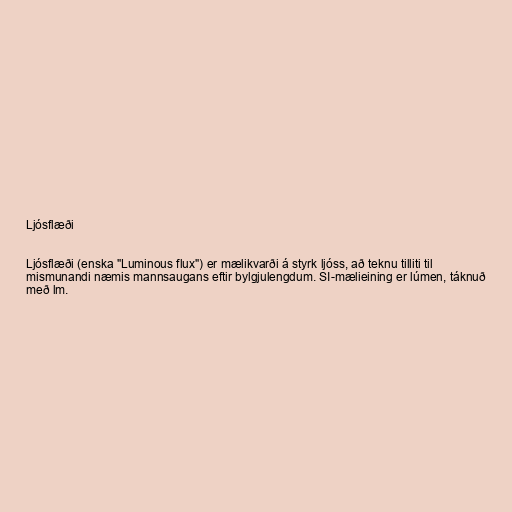
Ljósflæði

Ljósflæði (enska "Luminous flux") er mælikvarði á styrk ljóss, að teknu tilliti til
mismunandi næmis mannsaugans eftir bylgjulengdum. SI-mælieining er lúmen, táknuð
með lm.